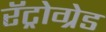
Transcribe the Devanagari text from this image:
रॅट्रोग्रेड